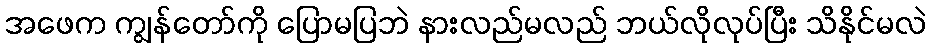
အဖေက ကျွန်တော်ကို ပြောမပြဘဲ နားလည်မလည် ဘယ်လိုလုပ်ပြီး သိနိုင်မလဲ